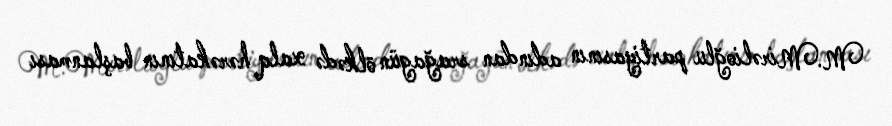
M.Mirəlioğlu partiyasının adından srağagün ölkədə xalq hərəkatının başlanması